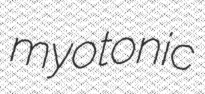
myotonic